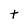
Character: t